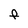
Character: F